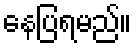
နေပြရမည်။